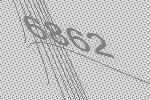
6862